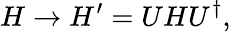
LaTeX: H\to H^{\prime}=UHU^{\dagger},